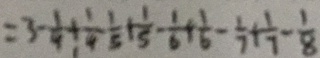
= 3 - \frac { 1 } { 4 } + \frac { 1 } { 4 } - \frac { 1 } { 5 } + \frac { 1 } { 5 } - \frac { 1 } { 6 } + \frac { 1 } { 6 } - \frac { 1 } { 7 } + \frac { 1 } { 7 } - \frac { 1 } { 8 }